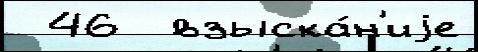
 46  взыска́н'иjе